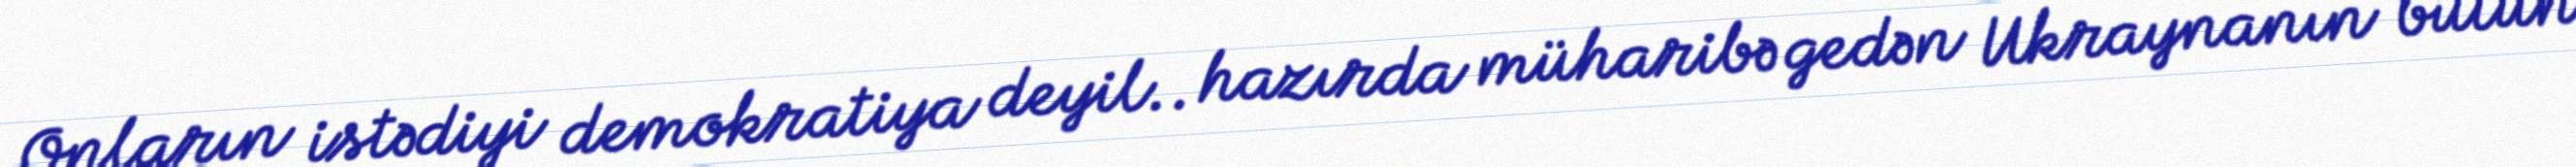
Onların istədiyi demokratiya deyil.. hazırda müharibə gedən Ukraynanın bütün